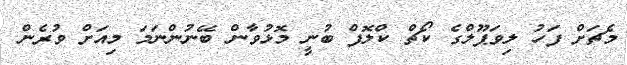
މެޗަށް ފަހު ލިވަޕޫލްގެ ކޯޗް ކްލޮފް ބުނީ މޮޅުވާން ބޭނުންނަމަ މިއަށް ވުރެން